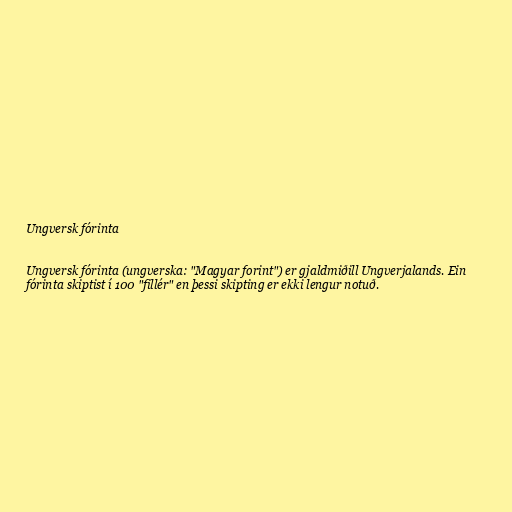
Ungversk fórinta

Ungversk fórinta (ungverska: "Magyar forint") er gjaldmiðill Ungverjalands. Ein
fórinta skiptist í 100 "fillér" en þessi skipting er ekki lengur notuð.